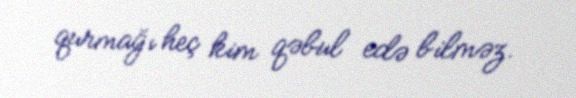
qurmağı heç kim qəbul edə bilməz.